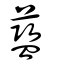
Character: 藍